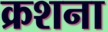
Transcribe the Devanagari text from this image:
क्रशना